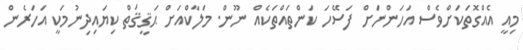
މިއީ އެއްގޮތަކަށްވެސް އަހަންނަށް ފަސޭހަ ކަންތައްތަކެއް ނޫން. މަލާކްއަށް ޙަޤީޤަތް ކިޔައިދިނުމަކީ އަހަރެން